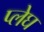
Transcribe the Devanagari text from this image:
प्लेघ